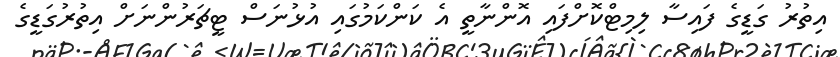
އިތުރު ގަޑީގެ ފައިސާ ލިމިޓްކޮށްފައި އޮންނާތީ އެ ކަންކަމުގައި އުޅުނަސް ޓީޗަރުންނަށް އިތުރުގަޑީގެ